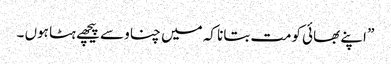
” اپنے بھائی کومت بتانا کہ میں چناو سے پیچھے ہٹا ہوں ۔